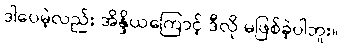
ဒါပေမဲ့လည်း အိန္ဒိယကြောင့် ဒီလို မဖြစ်ခဲ့ပါဘူး။